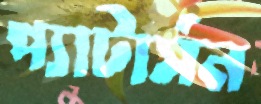
প্যাটার্সন